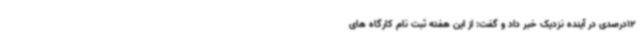
12درصدی در آینده نزدیک خبر داد و گفت: از این هفته ثبت نام کارگاه های